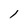
Character: l